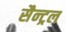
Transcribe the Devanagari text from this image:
सैन्ट्रल